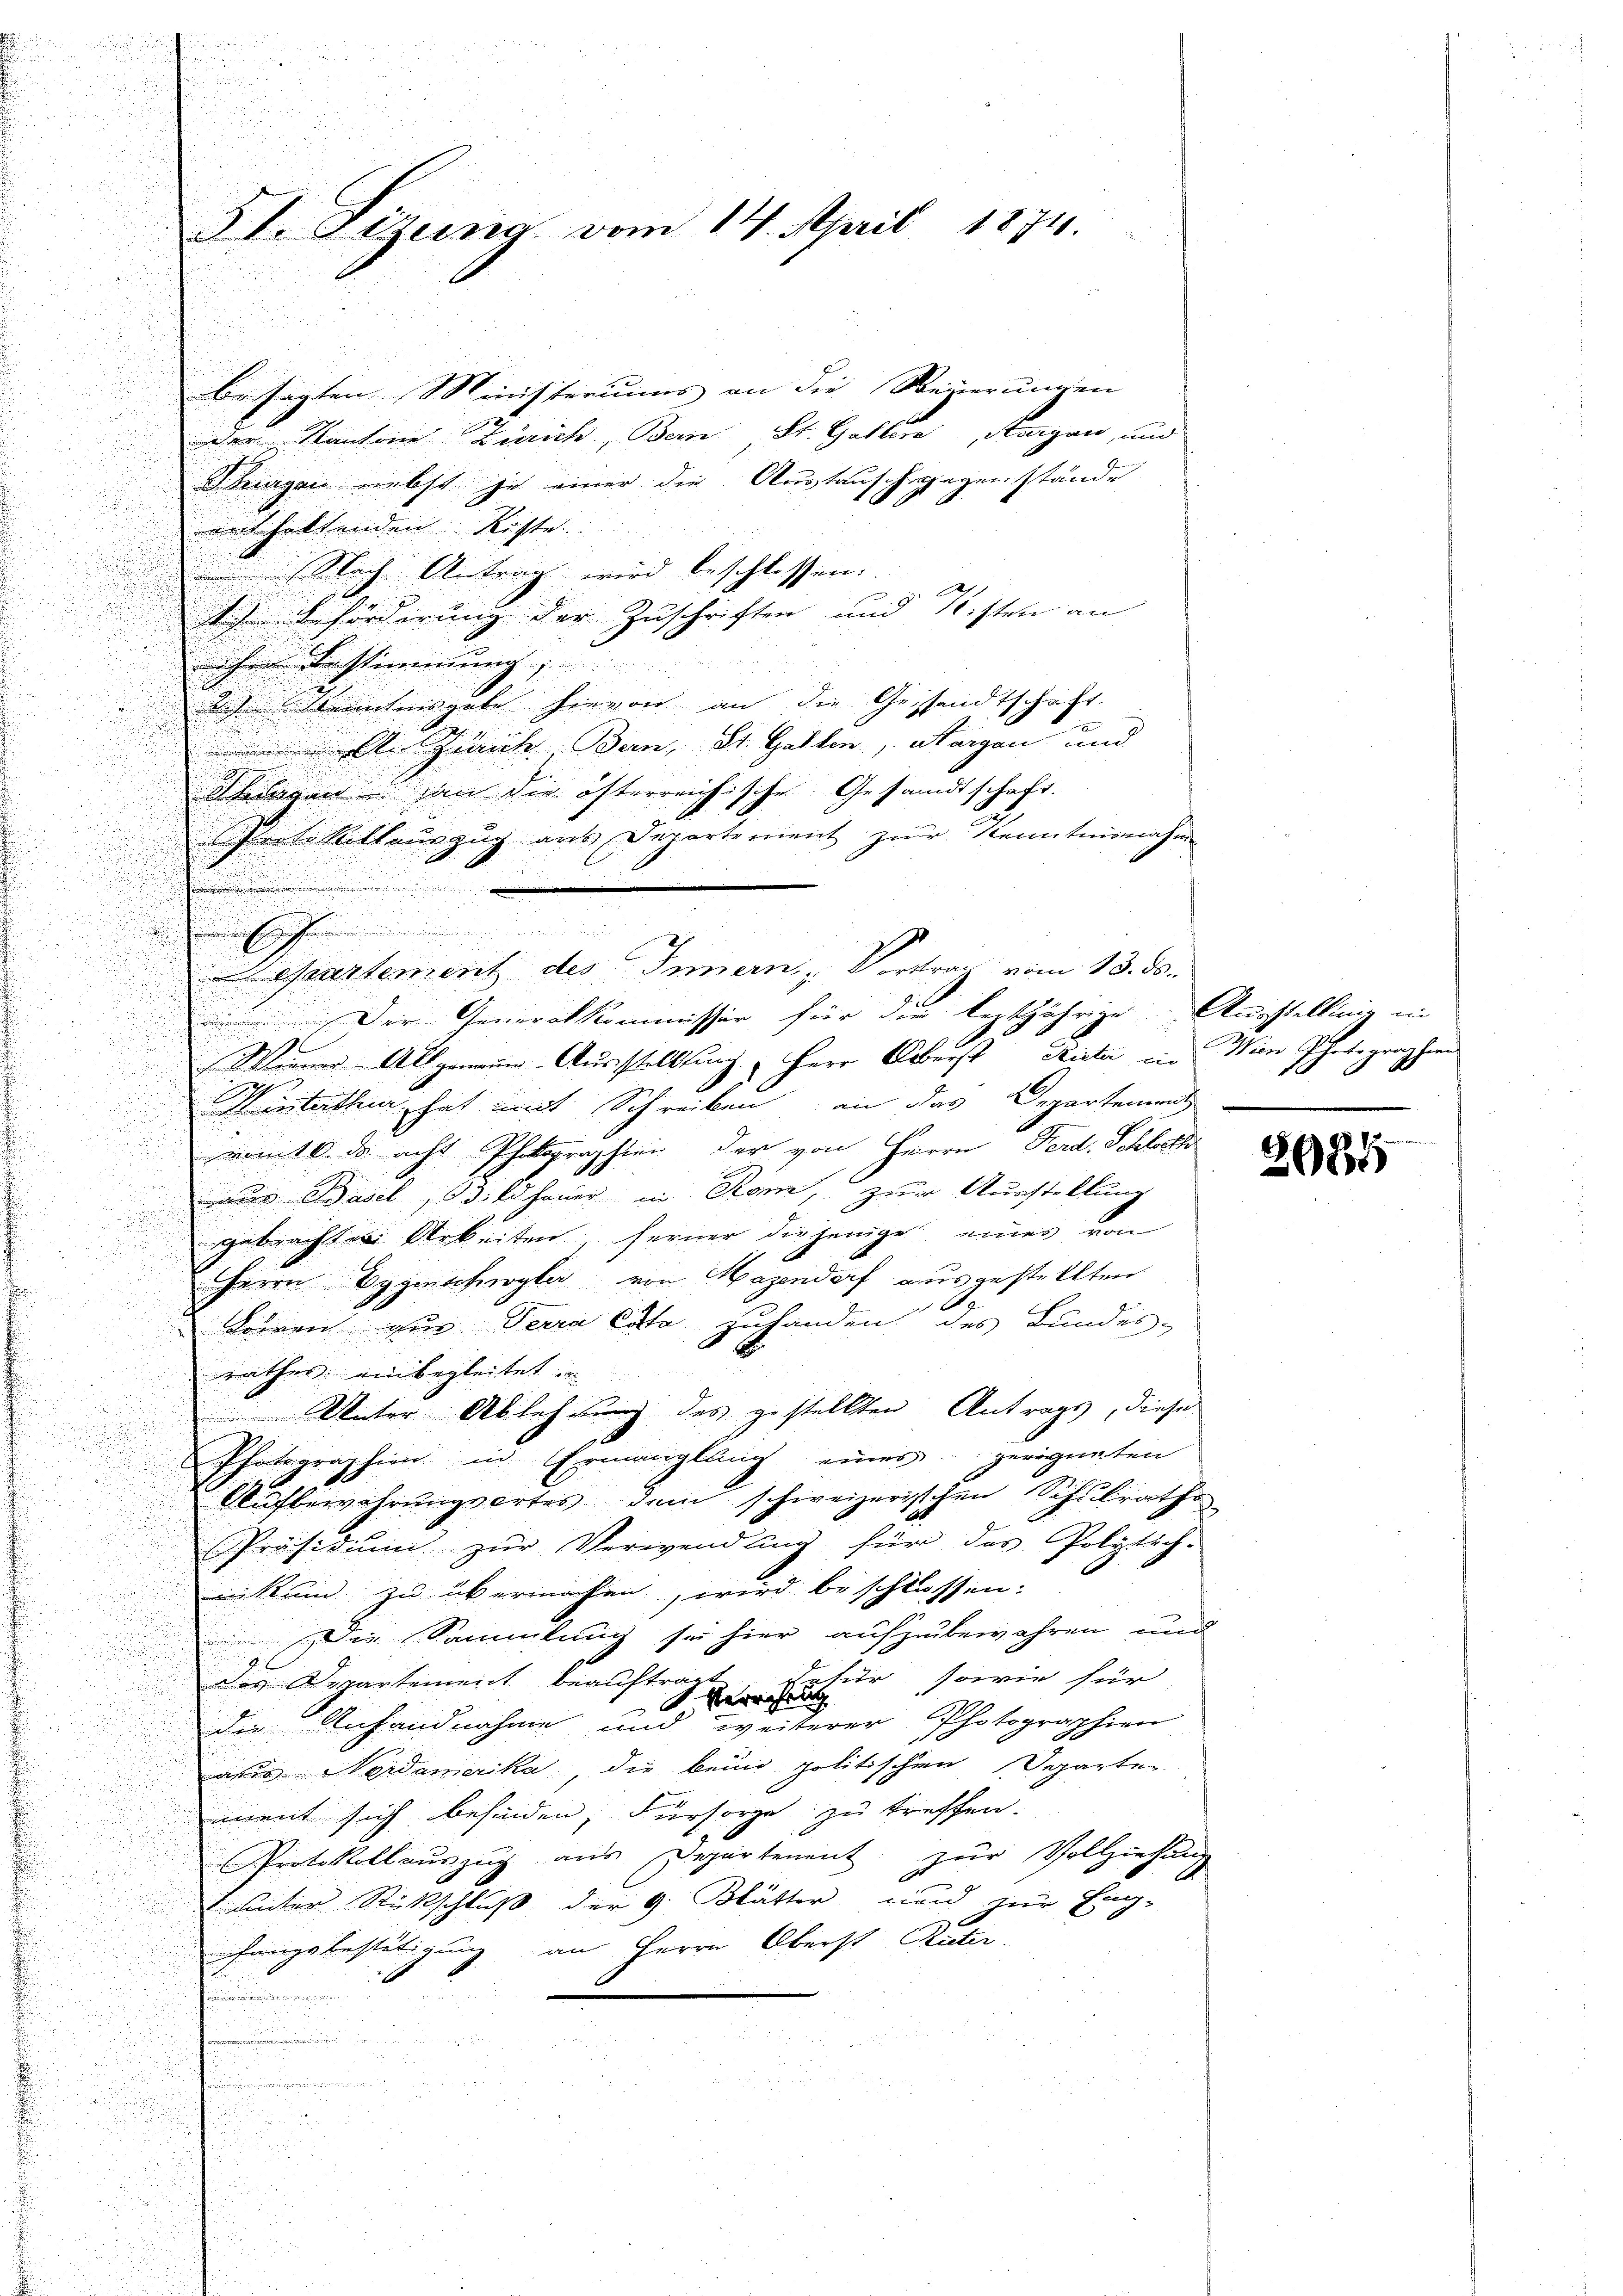
3t. Sitzung vom 14. April 1874.

n
besagten Ministeriums an die Reiserungen
e
der Kantone Zürich, Bern, St. Gallern, Aargau, und
d
d tragen nebst je einer die Austausch gegenstände
.
enthaltenden Rüste.

Nach Antrag wird beschlossen:
) Beförderung der Zuschriften und Kisten an
he Bestimmung
dich kanntens gute hievon an die Gesandtschaft.
u
An Zürich, Bern, St. Gallen, Aargau und
.
Singen an die öfterreichische Gesandtschaft.
Protokollauszug aus Departement zur Kenntnisnahme
.
e
.
Werner Allgemein-Ausstellung. Herr Oberst Rieter ein Wien Photographen
F
g
g
st interthen hat mit Schreiben an das Departement
i

womit ds acht Photographien der von Herrn Ferd. Schlatt
u
d
e
aue Basel, Bildhauer in Stan, zum Ausstellung
gebrachten Arbeiten, ferner diejenige eines von
u
Herrn Bygischwyler von Hagendorf ausgestellten
Furren zur Terra Cata zuhanden des Bundes-

rathes einbegleitet

Unter Ablehnung des gestellten Antrags, diese

Photographien in Ermanglung einer geeigneten
u
u
Aufbewahrungsortes dem schweizerischen Schulrathe
Präsidiŭm zŭr Verwendung für das Polytech-
nik und zu übermachen, wird beschlossen:
Die Sammlung sei hier aufzubewahren und
tur, sowie für
d
des Departement beauftragt
Verehrung
die Anhandnahme und weiterer Photographien
ans. Neidamerika die beim politischen Departe
mnent sich befinden, Fürsorge zu treffen.
Protokoll aŭszŭg aŭs Departement zŭr Vollziehung
g
 unter Rückschluß der G. Blätter nun zur Eng-
fangsbestätigung an Herrn Oberst Reter.
.
u

epartement des Innern, Vortrag vom 13. ds.
Der Generalkommissär für die leztjährige Ausstellung in

2085